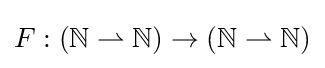
F:(\mathbb {N} \rightharpoonup \mathbb {N} )\to (\mathbb {N} \rightharpoonup \mathbb {N} )